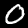
Digit: 0